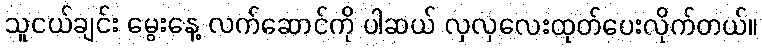
သူငယ်ချင်း မွေးနေ့ လက်ဆောင်ကို ပါဆယ် လှလှလေးထုတ်ပေးလိုက်တယ်။